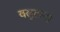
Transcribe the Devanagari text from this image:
वसुलना